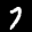
Label: 7